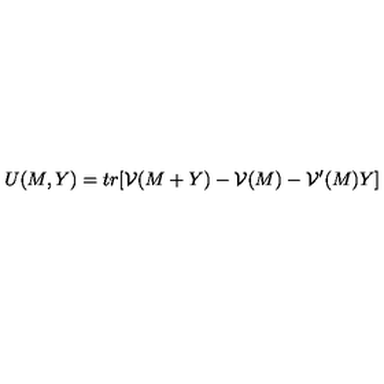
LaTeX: U ( M , Y ) = t r [ { \cal V } ( M + Y ) - { \cal V } ( M ) - { \cal V } ^ { \prime } ( M ) Y ]